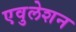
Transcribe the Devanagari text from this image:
एवुलेशन